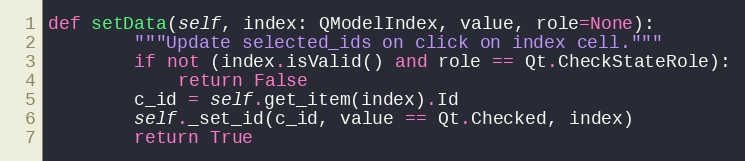
Language: Python
def setData(self, index: QModelIndex, value, role=None):
        """Update selected_ids on click on index cell."""
        if not (index.isValid() and role == Qt.CheckStateRole):
            return False
        c_id = self.get_item(index).Id
        self._set_id(c_id, value == Qt.Checked, index)
        return True